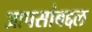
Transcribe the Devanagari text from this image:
आपसांबद्दल